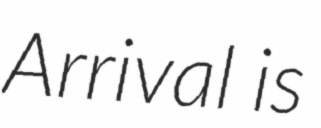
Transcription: Arrival is